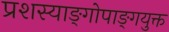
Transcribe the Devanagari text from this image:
प्रशस्याङ्‌गोपाङ्‌गयुक्त